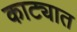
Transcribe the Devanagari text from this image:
काट्यात